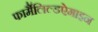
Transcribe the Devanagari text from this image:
फार्मैलिल्डऐमाइन